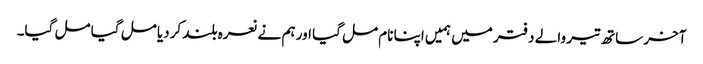
آخر ساتھ تیر والے دفتر میں ہمیں اپنا نام مل گیا اور ہم نے نعرہ بلند کردیا مل گیا مل گیا۔